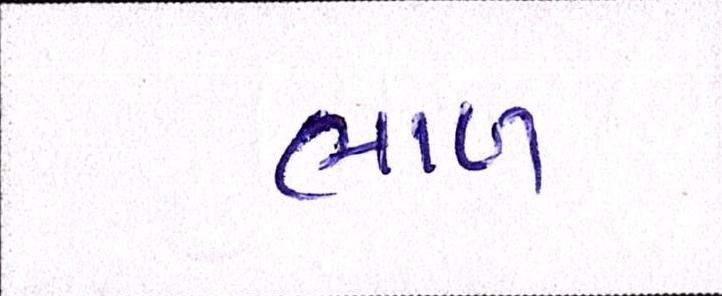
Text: ભાળ